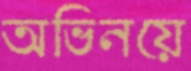
অভিনয়ে